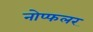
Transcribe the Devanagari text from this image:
नोप्फलर